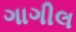
ગાગીલ